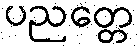
ပညတ္တေ